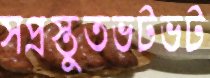
সপ্রস্তুতভটভট